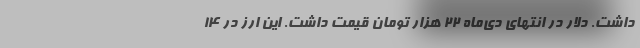
داشت. دلار در انتهای دی‌ماه‌ ۲۲ هزار تومان قیمت داشت. این ارز در ۱۴